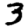
Digit: 3